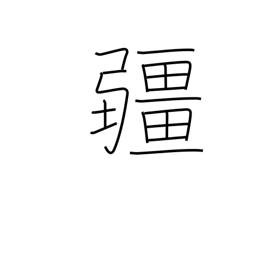
Meaning: boundary